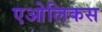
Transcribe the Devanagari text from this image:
एओलिकस